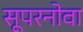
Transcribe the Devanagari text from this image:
सूपरनोवा